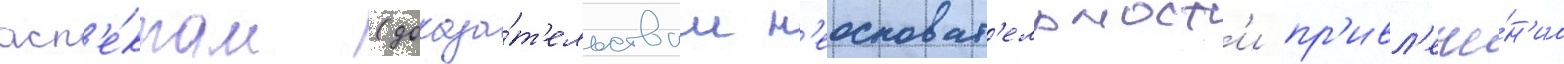
асп'е́ктам (доказа́т'ельствам н'еосноват'ельност'и пр'ивл'ече́н'иа